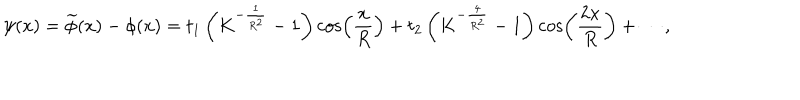
\psi ( x ) = \widetilde \phi ( x ) - \phi ( x ) = t _ { 1 } \left( { K ^ { - \frac { 1 } { { R ^ { 2 } } } } - 1 } \right) \cos \left( { \frac { x } { R } } \right) + t _ { 2 } \left( { K ^ { - \frac { 4 } { { R ^ { 2 } } } } - 1 } \right) \cos \left( { \frac { { 2 x } } { R } } \right) + \cdots ,